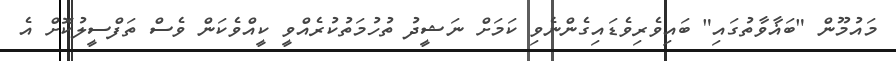
މައުމޫން "ބަޣާވާތުގައި" ބައިވެރިވެޑައިގެންނެވި ކަމަށް ނަޝީދު ތުހުމަތުކުރެއްވީ ކީއްވެކަން ވެސް ތަފްސީލުކޮށް އެ